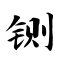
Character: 铡